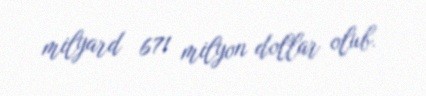
milyard 671 milyon dollar olub.